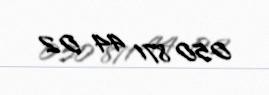
050 871 44 02